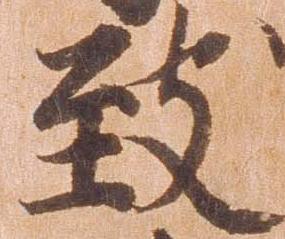
致